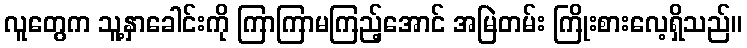
လူတွေက သူ့နှာခေါင်းကို ကြာကြာမကြည့်အောင် အမြဲတမ်း ကြိုးစားလေ့ရှိသည်။